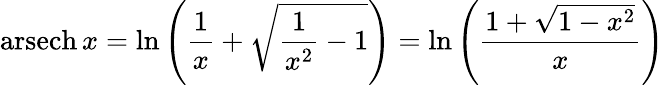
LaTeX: \operatorname{arsech}x=\ln\left({\frac{1}{x}}+{\sqrt{{\frac{1}{x^{2}}}-1}}\right)=\ln\left({\frac{1+{\sqrt{1-x^{2}}}}{x}}\right)